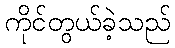
ကိုင်တွယ်ခဲ့သည်